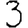
Digit: 3